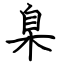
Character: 臬